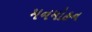
મનમોહન